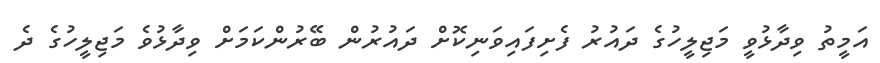
އަމީތު ވިދާޅުވީ މަޖިލީހުގެ ދައުރު ފެށިފައިވަނިކޮށް ދައުރުން ބޭރުންކަމަށް ވިދާޅުވެ މަޖިލީހުގެ ދެ